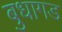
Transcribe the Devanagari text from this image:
बुधागड